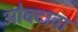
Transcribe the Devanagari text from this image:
ओक्टावा